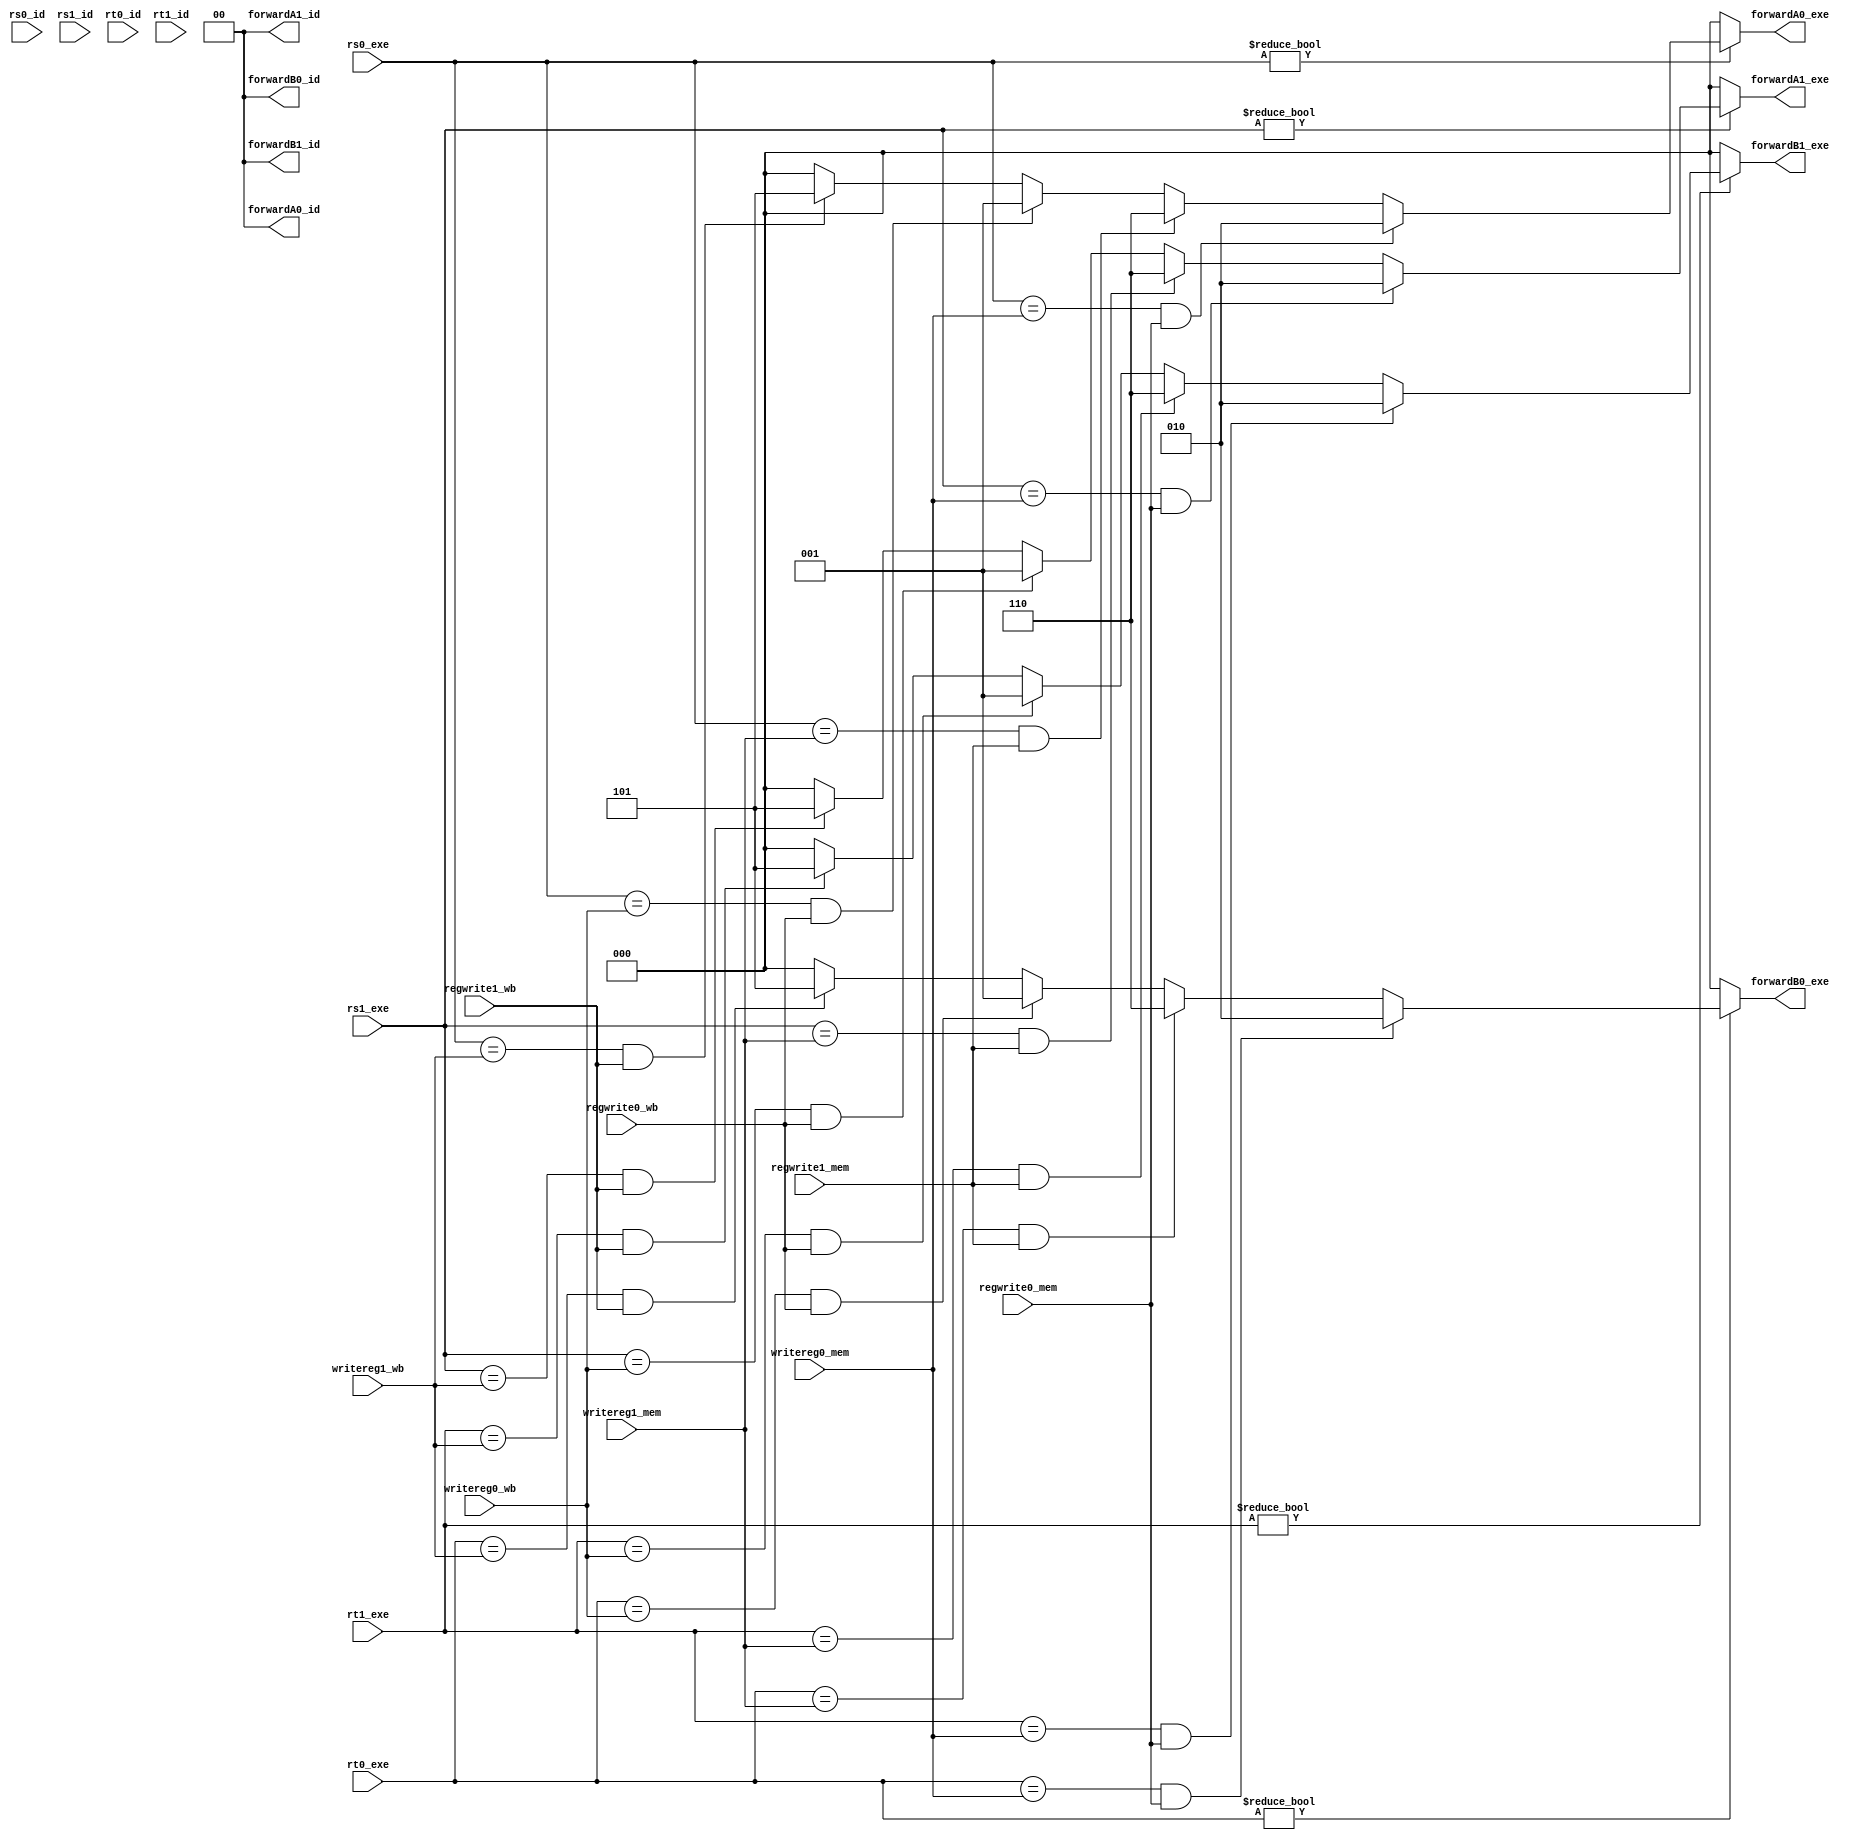
//
//
//

module data_forward (
						rs0_id,			rs1_id,
						rt0_id,			rt1_id,
						rs0_exe,		rs1_exe,
						rt0_exe,		rt1_exe,
						regwrite0_mem,	regwrite1_mem,
						regwrite0_wb,	regwrite1_wb,
						writereg0_mem,	writereg1_mem,
						writereg0_wb,	writereg1_wb,
						forwardA0_id,	forwardA1_id,
						forwardB0_id,	forwardB1_id,
						forwardA0_exe,	forwardA1_exe,
						forwardB0_exe,	forwardB1_exe
);
// Input Ports
input [4:0] 		rs0_id,			rs1_id;
input [4:0]			rt0_id,			rt1_id;
input [4:0]			rs0_exe,		rs1_exe;
input [4:0]			rt0_exe,		rt1_exe;
input 				regwrite0_mem,	regwrite1_mem;
input 				regwrite0_wb,	regwrite1_wb;
input [4:0]			writereg0_mem,	writereg1_mem;
input [4:0]			writereg0_wb,	writereg1_wb;
// Output Ports
output [1:0]		forwardA0_id,	forwardA1_id;
output [1:0]		forwardB0_id,	forwardB1_id;
output reg [2:0]	forwardA0_exe,	forwardA1_exe;
output reg [2:0]	forwardB0_exe,	forwardB1_exe;

assign forwardA0_id = 2'b00;
assign forwardB0_id = 2'b00;
assign forwardA1_id = 2'b00;
assign forwardB1_id = 2'b00;

// Forward 
always @ (*) begin
	forwardA0_exe <= 3'b000;
	forwardB0_exe <= 3'b000;
	forwardA1_exe <= 3'b000;
	forwardB1_exe <= 3'b000;
	// Forwarding conditions for srcA0_exe
	if (rs0_exe != 0) begin
		// Forward Data from the EXE/MEM register
		if (rs0_exe == writereg0_mem && regwrite0_mem == 1) begin
			forwardA0_exe <= 3'b010;
		end
		else if (rs0_exe == writereg1_mem && regwrite1_mem == 1) begin
			forwardA0_exe <= 3'b110;
		end
		// Forward Data from the MEM/WB register
		else if (rs0_exe == writereg0_wb && regwrite0_wb == 1) begin
			forwardA0_exe <= 3'b001;
		end
		else if (rs0_exe == writereg1_wb && regwrite1_wb == 1) begin
			forwardA0_exe <= 3'b101;
		end
	end

	// Forwarding conditions for srcB0_exe
	if (rt0_exe != 0) begin
		// Forward Data from the EXE/MEM register
		if (rt0_exe == writereg0_mem && regwrite0_mem == 1) begin
			forwardB0_exe <= 3'b010;
		end
		else if (rt0_exe == writereg1_mem && regwrite1_mem == 1) begin
			forwardB0_exe <= 3'b110; 
		end
		// Forward Data from the MEM/WB register
		else if (rt0_exe == writereg0_wb && regwrite0_wb == 1) begin
			forwardB0_exe <= 3'b001;
		end
		else if (rt0_exe == writereg1_wb && regwrite1_wb == 1) begin
			forwardB0_exe <= 3'b101;
		end
	end


	// Forwarding conditions for srcA1_exe
	if (rs1_exe != 0) begin
		// Forward Data from the EXE/MEM register
		if (rs1_exe == writereg0_mem && regwrite0_mem == 1) begin
			forwardA1_exe <= 3'b010;
		end
		else if (rs1_exe == writereg1_mem && regwrite1_mem == 1) begin
			forwardA1_exe <= 3'b110;
		end
		// Forward Data from the MEM/WB register
		else if (rs1_exe == writereg0_wb && regwrite0_wb == 1) begin
			forwardA1_exe <= 3'b001;
		end
		else if (rs1_exe == writereg1_wb && regwrite1_wb == 1) begin
			forwardA1_exe <= 3'b101;
		end
	end

	// Forwarding conditions for srcB1_exe
	if (rt1_exe != 0) begin
		// Forward Data from the EXE/MEM register
		if (rt1_exe == writereg0_mem && regwrite0_mem == 1) begin
			forwardB1_exe <= 3'b010;
		end
		else if (rt1_exe == writereg1_mem && regwrite1_mem == 1) begin
			forwardB1_exe <= 3'b110; 
		end
		// Forward Data from the MEM/WB register
		else if (rt1_exe == writereg0_wb && regwrite0_wb == 1) begin
			forwardB1_exe <= 3'b001;
		end
		else if (rt1_exe == writereg1_wb && regwrite1_wb == 1) begin
			forwardB1_exe <= 3'b101;
		end
	end
end

endmodule